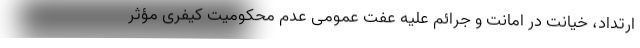
ارتداد، خیانت در امانت و جرائم علیه عفت عمومی عدم محکومیت کیفری مؤثر